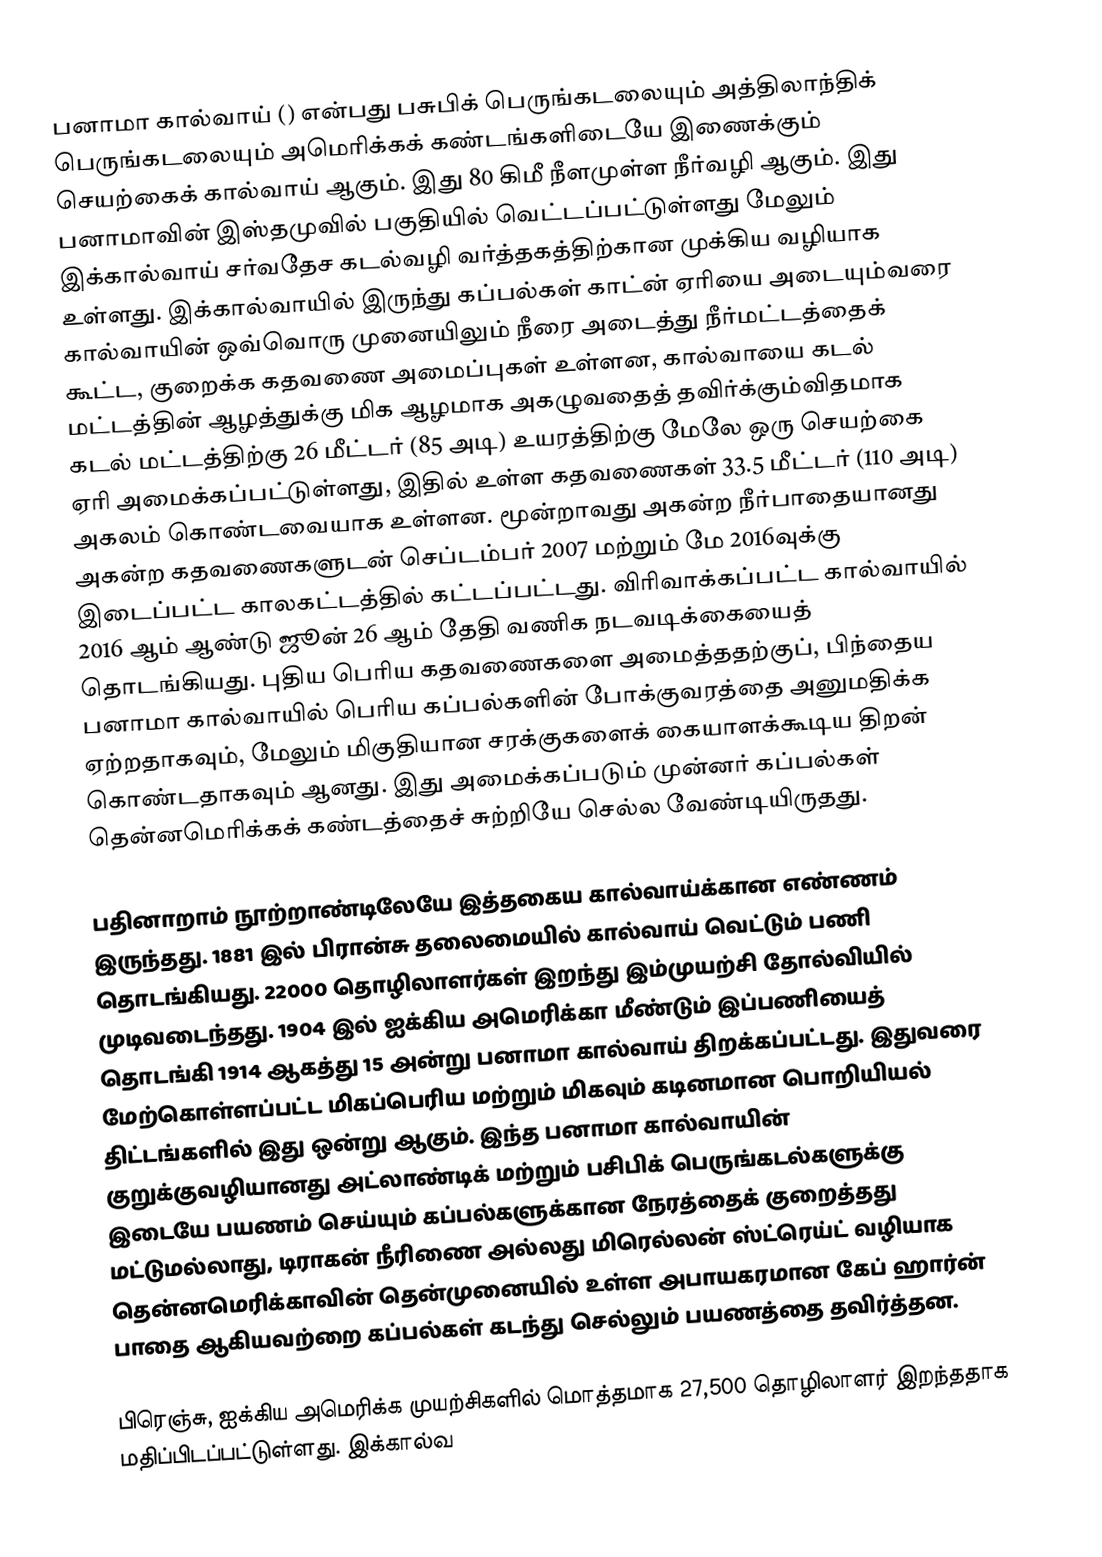
பனாமா கால்வாய் () என்பது பசுபிக் பெருங்கடலையும் அத்திலாந்திக் பெருங்கடலையும் அமெரிக்கக் கண்டங்களிடையே இணைக்கும் செயற்கைக் கால்வாய் ஆகும். இது 80 கிமீ நீளமுள்ள நீர்வழி ஆகும். இது பனாமாவின் இஸ்தமுவில் பகுதியில் வெட்டப்பட்டுள்ளது மேலும் இக்கால்வாய் சர்வதேச கடல்வழி வர்த்தகத்திற்கான முக்கிய வழியாக உள்ளது. இக்கால்வாயில் இருந்து கப்பல்கள் காட்ன் ஏரியை அடையும்வரை கால்வாயின் ஒவ்வொரு முனையிலும் நீரை அடைத்து நீர்மட்டத்தைக் கூட்ட, குறைக்க  கதவணை அமைப்புகள் உள்ளன, கால்வாயை கடல் மட்டத்தின் ஆழத்துக்கு மிக ஆழமாக  அகழுவதைத் தவிர்க்கும்விதமாக கடல் மட்டத்திற்கு 26 மீட்டர் (85 அடி) உயரத்திற்கு மேலே ஒரு செயற்கை ஏரி அமைக்கப்பட்டுள்ளது, இதில் உள்ள கதவணைகள் 33.5 மீட்டர் (110 அடி) அகலம் கொண்டவையாக உள்ளன. மூன்றாவது அகன்ற நீர்பாதையானது அகன்ற கதவணைகளுடன்  செப்டம்பர் 2007 மற்றும் மே 2016வுக்கு இடைப்பட்ட காலகட்டத்தில்  கட்டப்பட்டது. விரிவாக்கப்பட்ட கால்வாயில் 2016 ஆம் ஆண்டு ஜூன் 26 ஆம் தேதி வணிக நடவடிக்கையைத் தொடங்கியது. புதிய பெரிய கதவணைகளை அமைத்ததற்குப், பிந்தைய பனாமா கால்வாயில் பெரிய கப்பல்களின் போக்குவரத்தை அனுமதிக்க ஏற்றதாகவும், மேலும் மிகுதியான சரக்குகளைக் கையாளக்கூடிய திறன் கொண்டதாகவும் ஆனது. இது அமைக்கப்படும் முன்னர் கப்பல்கள் தென்னமெரிக்கக் கண்டத்தைச் சுற்றியே செல்ல வேண்டியிருதது.

பதினாறாம் நூற்றாண்டிலேயே இத்தகைய கால்வாய்க்கான எண்ணம் இருந்தது. 1881 இல் பிரான்சு தலைமையில் கால்வாய் வெட்டும் பணி தொடங்கியது. 22000 தொழிலாளர்கள் இறந்து இம்முயற்சி தோல்வியில் முடிவடைந்தது. 1904 இல் ஐக்கிய அமெரிக்கா மீண்டும் இப்பணியைத் தொடங்கி 1914 ஆகத்து 15 அன்று பனாமா கால்வாய் திறக்கப்பட்டது. இதுவரை மேற்கொள்ளப்பட்ட மிகப்பெரிய மற்றும் மிகவும் கடினமான பொறியியல் திட்டங்களில் இது ஒன்று ஆகும். இந்த பனாமா கால்வாயின் குறுக்குவழியானது அட்லாண்டிக் மற்றும் பசிபிக் பெருங்கடல்களுக்கு இடையே பயணம் செய்யும் கப்பல்களுக்கான நேரத்தைக் குறைத்தது மட்டுமல்லாது, டிராகன் நீரிணை அல்லது மிரெல்லன் ஸ்ட்ரெய்ட் வழியாக தென்னமெரிக்காவின் தென்முனையில் உள்ள அபாயகரமான கேப் ஹார்ன் பாதை ஆகியவற்றை கப்பல்கள் கடந்து செல்லும் பயணத்தை தவிர்த்தன.

பிரெஞ்சு, ஐக்கிய அமெரிக்க முயற்சிகளில் மொத்தமாக 27,500 தொழிலாளர் இறந்ததாக மதிப்பிடப்பட்டுள்ளது. இக்கால்வ